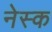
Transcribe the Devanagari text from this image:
नेस्क